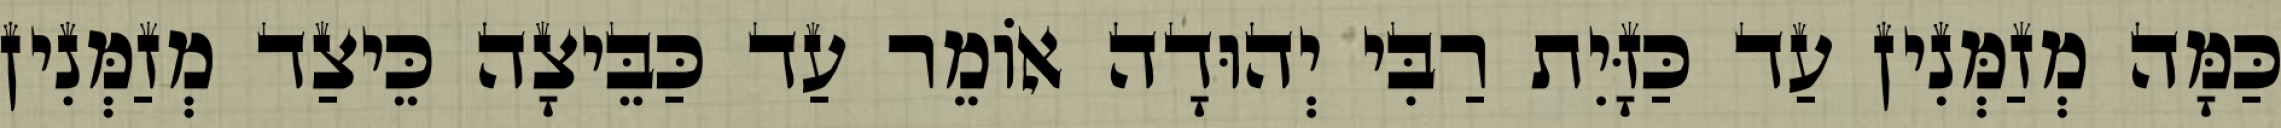
כַּמָּה מְזַמְּנִין עַד כַּזָּיִת רַבִּי יְהוּדָה אוֹמֵר עַד כַּבֵּיצָה כֵּיצַד מְזַמְּנִין